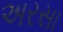
અરસા